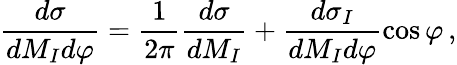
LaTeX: \frac{d\sigma}{dM_{I}d\varphi}=\frac{1}{2\pi}\frac{d\sigma}{dM_{I}}+\frac{d\sigma_{I}}{dM_{I}d\varphi}\cos\varphi\, ,